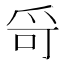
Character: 𤔄